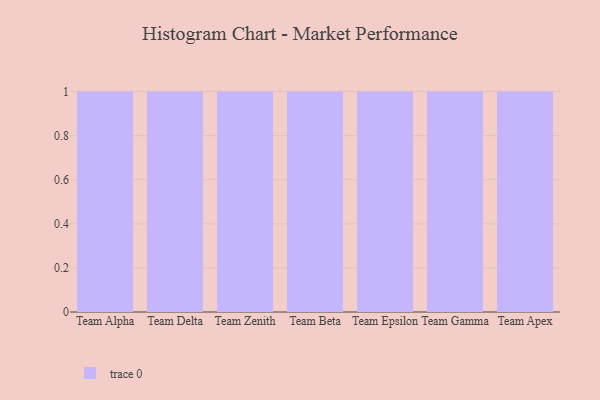
{"axis": {"x": "Team", "y": "Revenue (USD Million)"}, "legend": [""], "data": [{"x": "Team Alpha", "y": 26, "type": ""}, {"x": "Team Delta", "y": 67, "type": ""}, {"x": "Team Zenith", "y": 65, "type": ""}, {"x": "Team Beta", "y": 68, "type": ""}, {"x": "Team Epsilon", "y": 21, "type": ""}, {"x": "Team Gamma", "y": 6, "type": ""}, {"x": "Team Apex", "y": 39, "type": ""}]}